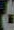
ت